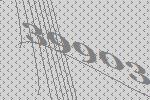
39903